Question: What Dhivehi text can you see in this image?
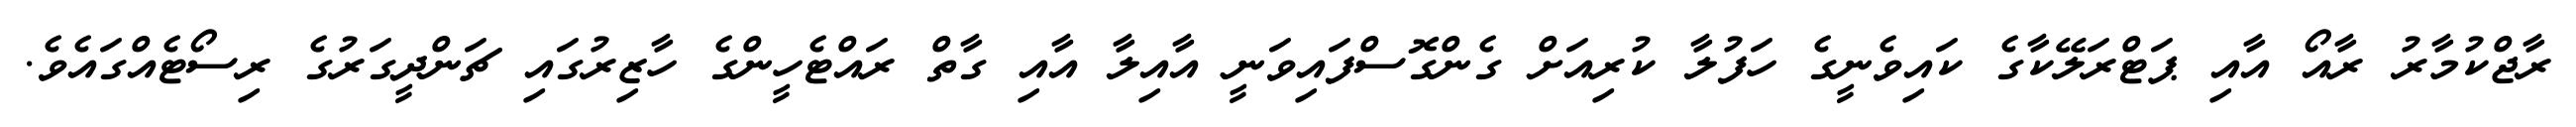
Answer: ރާޖްކުމާރު ރާއޯ އާއި ޕަޓްރަލޭކާގެ ކައިވެނީގެ ހަފުލާ ކުރިއަށް ގެންގޮސްފައިވަނީ އާއިލާ އާއި ގާތް ރައްޓެހީންގެ ހާޒިރުގައި ޗަންދީގަރުގެ ރިސޯޓެއްގައެވެ.